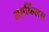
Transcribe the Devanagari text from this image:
अमर्य्ल्लिस